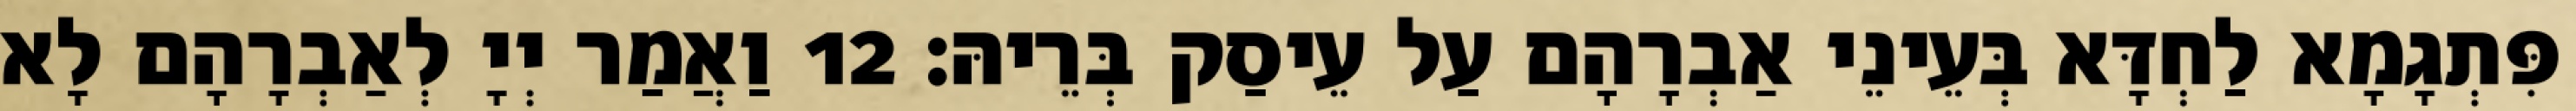
פִּתְגָמָא לַחְדָּא בְּעֵינֵי אַבְרָהָם עַל עֵיסַק בְּרֵיהּ׃ 12 וַאֲמַר יְיָ לְאַבְרָהָם לָא